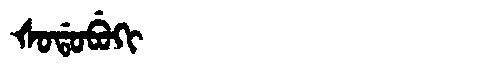
Manchu: ᡧᠣᡩᠣᠪᡠᡴᡳ
Romanization: ŠODOBUKI